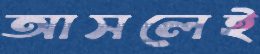
আসলেই